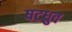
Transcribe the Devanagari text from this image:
षटध्रुव